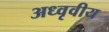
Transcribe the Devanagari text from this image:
अध्वृवीय